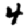
Digit: 4